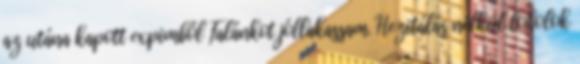
az utána kapott expimből Falánkot jóllakassam. Hezitálás nélkül loholok